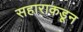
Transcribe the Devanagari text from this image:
सहाराकडून